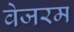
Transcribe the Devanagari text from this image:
वेजरम